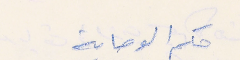
حكم الوصاية